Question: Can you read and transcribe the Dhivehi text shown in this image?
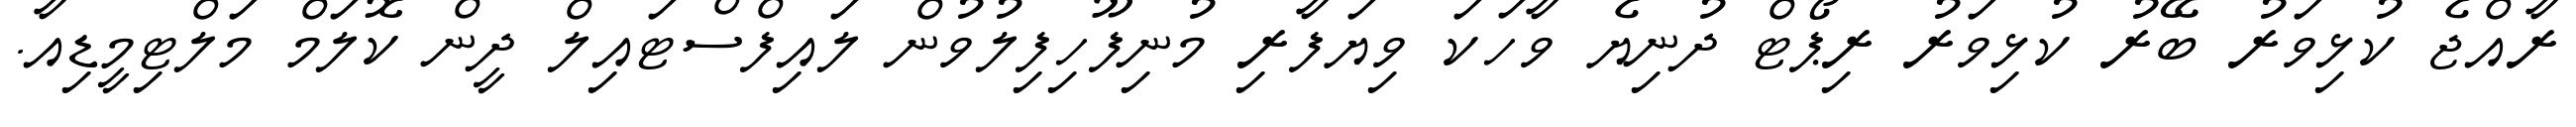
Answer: ރާއްޖެ ކުޅިވަރު ބޭރު ކުޅިވަރު ރިޕޯޓް ދުނިޔެ ވާހަކަ ވިޔަފާރި މުނިފޫހިފިލުވުން ލައިފްސްޓައިލް ދީން ކޮލަމް މަލްޓިމީޑިއާ.